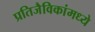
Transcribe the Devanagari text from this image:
प्रतिजैविकांमध्ये